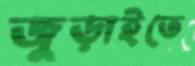
জুড়াইতে